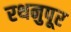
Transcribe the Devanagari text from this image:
रथनुपूर